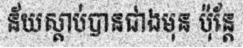
ន័យស្តាប់បានជាងមុន ប៉ុន្តែ